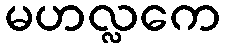
မဟလ္လကေ